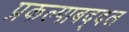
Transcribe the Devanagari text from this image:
प्रकल्पाबद्दल